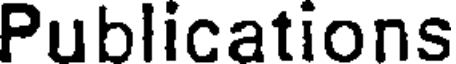
Publications